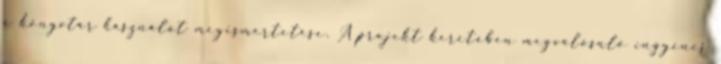
a könyvtár használat megismertetése. A projekt keretében megvalósuló ingyenes